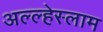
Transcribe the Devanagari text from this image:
अल्ल्हेस्लाम